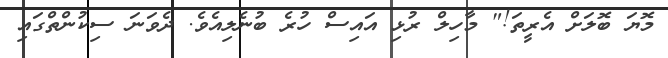
މޮޔަ ބޮލަށް އެރީތަ!" މާހިލް ރުޅި އައިސް ހުރެ ބުނެލިއެވެ. ދެވަނަ ސިކުންތްގައި